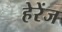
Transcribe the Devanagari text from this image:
हेरेंज